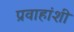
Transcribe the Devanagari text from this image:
प्रवाहांशी